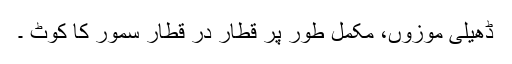
ڈھیلی موزوں، مکمل طور پر قطار در قطار سمور کا کوٹ ۔